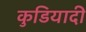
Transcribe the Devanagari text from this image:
कुडियादी